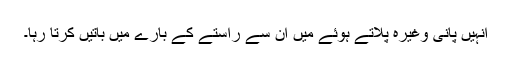
انہیں پانی وغیرہ پلاتے ہوئے میں ان سے راستے کے بارے میں باتیں کرتا رہا۔